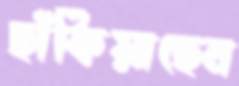
ছাঁকিয়াছেন